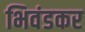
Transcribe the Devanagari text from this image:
भिवंडकर